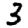
Digit: 3